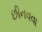
છીનવવા